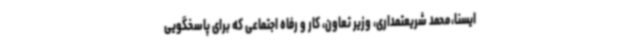
ایسنا،محمد شریعتمداری، وزیر تعاون، کار و رفاه اجتماعی که برای پاسخگویی